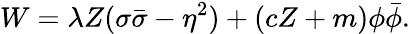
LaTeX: W=\lambda{Z}(\sigma\bar{\sigma}-\eta^{2})+(cZ+m)\phi\bar{\phi}.